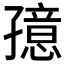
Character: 𱚁